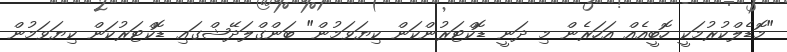
"މޮޑެލްކުރުމަކީ ހޮބީއެއް އަހަރެން މި ދަނީ ޑޮކްޓަރުންކަން ކިޔަވަމުން" ބަންގްލަދޭޝްގައި ޑޮކްޓަރުކަން ކިޔަވަމުން